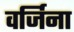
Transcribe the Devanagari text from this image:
वर्जिना